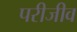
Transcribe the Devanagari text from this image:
परीजीव